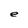
Character: e